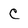
Character: C